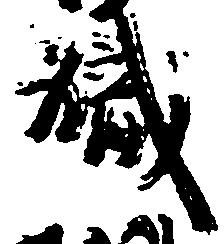
職